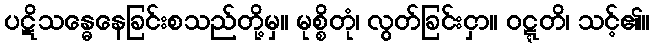
ပဋိသန္ဓေနေခြင်းစသည်တို့မှ။ မုစ္စိတုံ၊ လွတ်ခြင်းငှာ။ ဝဋ္ဋတိ၊ သင့်၏။